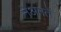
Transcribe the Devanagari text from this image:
नेअमतेें